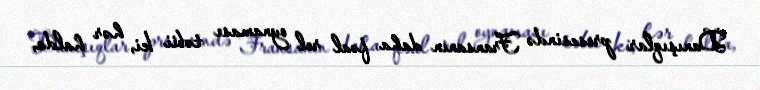
Danışıqlar prosesində Fransanın daha fəal rol oynaması təbii ki, hər halda,